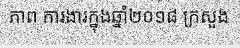
ភាព ការងារក្នុងឆ្នាំ២០១៨ ក្រសួង